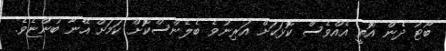
ބޯޓު ދެން އޮތީ އެއްވެސް ކޮޅަކަށް އަރިނުވެ ބެލެންސްކޮށް ކަމަށް އޭނާ ބުންޏެވެ.